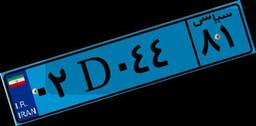
۷۶D۰۷۵۶۴